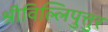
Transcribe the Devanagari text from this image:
श्रीविल्लिपुत्तुर